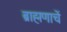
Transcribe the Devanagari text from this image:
ब्राह्मणाचें